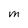
Character: M